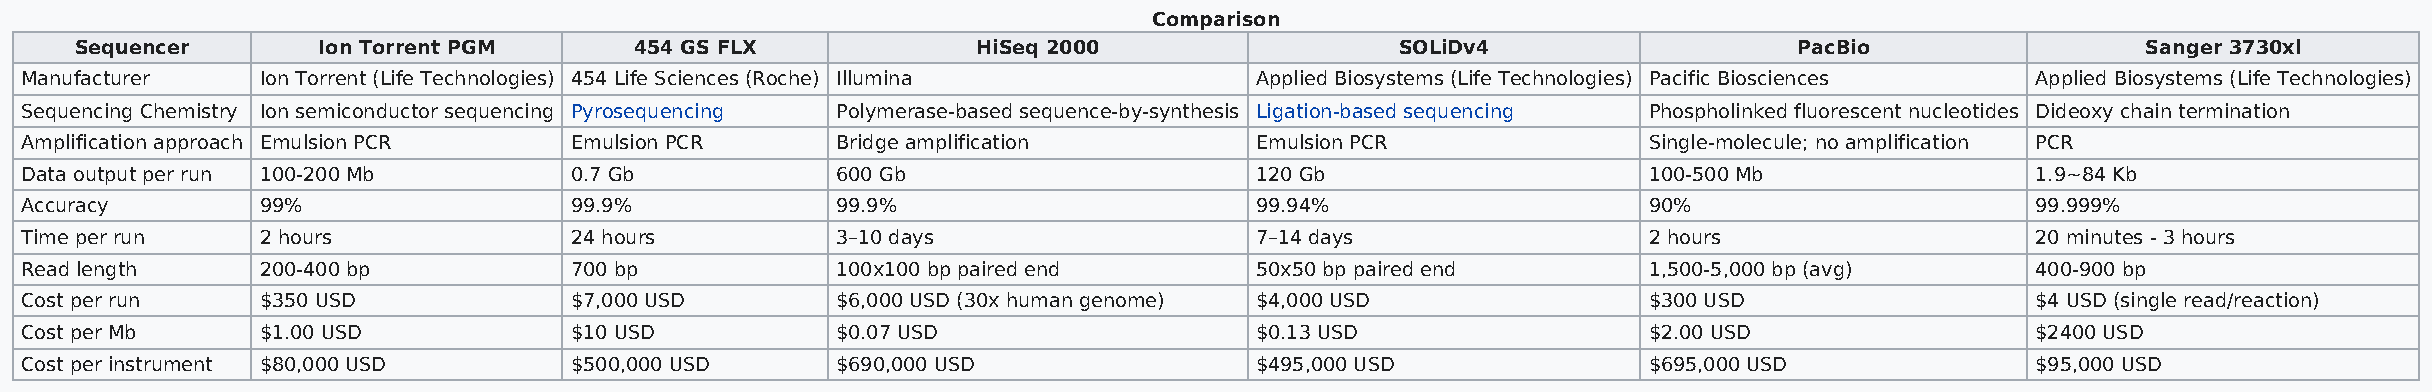
Comparison
 Sequencer       Ion Torrent PGM      454 GS FLX             HiSeq 2000                  SOLiDv4                   PacBio                 Sanger 3730xl
 Manufacturer    Ion Torrent (Life Technologies) 454 Life Sciences (Roche) Illumina Applied Biosystems (Life Technologies) Pacific Biosciences Applied Biosystems (Life Technologies)
 Sequencing Chemistry Ion semiconductor sequencing Pyrosequencing Polymerase-based sequence-by-synthesis Ligation-based sequencing Phospholinked fluorescent nucleotides Dideoxy chain termination
 Amplification approach Emulsion PCR  Emulsion PCR     Bridge amplification        Emulsion PCR              Single-molecule; no amplification PCR
 Data output per run 100-200 Mb       0.7 Gb           600 Gb                      120 Gb                    100-500 Mb                1.9∼84 Kb
 Accuracy        99%                  99.9%            99.9%                       99.94%                    90%                       99.999%
 Time per run    2 hours              24 hours         3–10 days                   7–14 days                 2 hours                   20 minutes - 3 hours
 Read length     200-400 bp           700 bp           100x100 bp paired end       50x50 bp paired end       1,500-5,000 bp (avg)      400-900 bp
 Cost per run    $350 USD             $7,000 USD       $6,000 USD (30x human genome) $4,000 USD              $300 USD                  $4 USD (single read/reaction)
 Cost per Mb     $1.00 USD            $10 USD          $0.07 USD                   $0.13 USD                 $2.00 USD                 $2400 USD
 Cost per instrument $80,000 USD      $500,000 USD     $690,000 USD                $495,000 USD              $695,000 USD              $95,000 USD